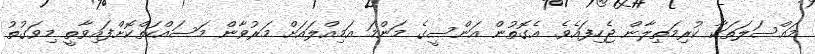
މައްސަލަތަކާ ކުރިމަތިލާން ޖެހިފައެވެ. އެގޮތުން އަންސީގެ މަންމަ އަމިއްލައަށް މަރުވާން މަސައްކަތްކޮށްފައިވާތީ މިވަގުތު